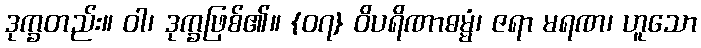
ဒုက္ခတည်း။ ဝါ၊ ဒုက္ခဖြစ်၏။ {၀၇} ဝိပရိဏာဓမ္မံ၊ ဇရာ မရဏ၊ ဟူသော